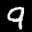
Label: 9